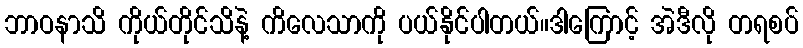
ဘာဝနာသိ ကိုယ်တိုင်သိနဲ့ ကိလေသာကို ပယ်နိုင်ပါတယ်။ဒါကြောင့် အဲဒီလို တရစပ်